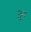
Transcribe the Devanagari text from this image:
लून